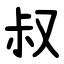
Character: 叔